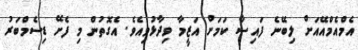
އެމްއެމްއޭއަށް ލިބޭނެ ފައިސާ ކަމަށް އަޒީމާ ވިދާޅުވިއެވެ. އެގޮތުން މި ފެށޭ ޑިސެމްބަރު